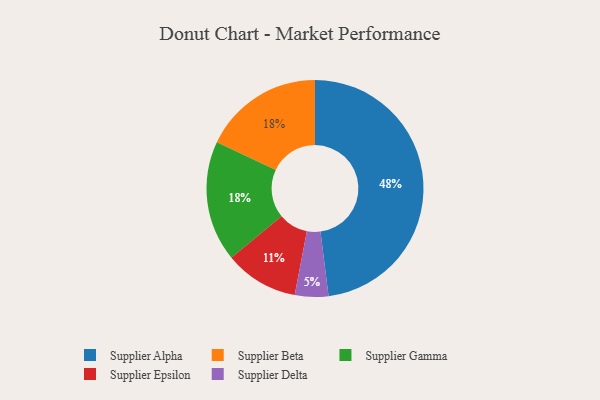
{"axis": {"x": "Category", "y": "Percentage"}, "legend": ["Supplier Alpha", "Supplier Beta", "Supplier Delta", "Supplier Epsilon", "Supplier Gamma"], "data": [{"x": "Supplier Alpha", "y": 48, "type": "Supplier Alpha"}, {"x": "Supplier Beta", "y": 18, "type": "Supplier Beta"}, {"x": "Supplier Delta", "y": 5, "type": "Supplier Delta"}, {"x": "Supplier Gamma", "y": 18, "type": "Supplier Gamma"}, {"x": "Supplier Epsilon", "y": 11, "type": "Supplier Epsilon"}]}